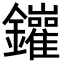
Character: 𨰁